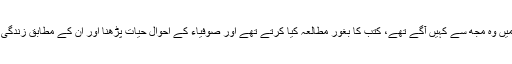
مرض شناسی اور معاملہ فہمی میں وہ مجھ سے کہیں آگے تھے، کتب کا بغور مطالعہ کیا کرتے تھے اور صوفیاء کے اَحوالِ حیات پڑھنا اور ان کے مطابق زندگی گزارنا ان کا محبوب مشغلہ تھا۔